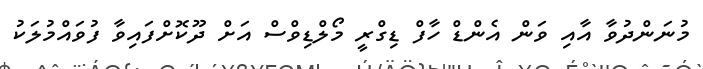
މުނަންދުވާ އާއި ވަން އެންޑް ހާފް ޑިގްރީ މޯލްޑިވްސް އަށް ދޫކޮށްފައިވާ ފުވައްމުލަކު